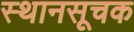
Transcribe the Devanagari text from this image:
स्थानसूचक